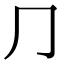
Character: ⺆